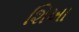
શિખા